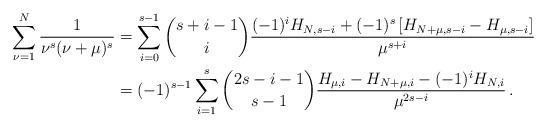
LaTeX: \begin{align*}\sum_{\nu = 1}^N {\frac{1}{{\nu ^s (\nu + \mu )^s }}} &= \sum_{i = 0}^{s - 1} {\binom{s+i-1}i\frac{{(-1)^iH_{N,s - i} + (-1)^s\left[H_{N+\mu,s - i} - H_{\mu,s - i}\right] }}{{\mu ^{s + i} }}}\\&= ( - 1)^{s - 1} \sum_{i = 1}^s {\binom{2s-i-1}{s-1}\frac{{H_{\mu ,i} - H_{N + \mu ,i} - ( - 1)^i H_{N,i} }}{{\mu ^{2s - i} }}}\,.\end{align*}